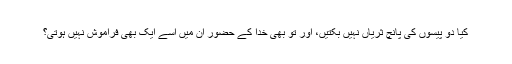
کیا دو پیسوں کی پانچ ثریاں نہیں بکتیں، اور تو بھی خدا کے حضور ان میں اسے ایک بھی فراموش نہیں ہوتی؟